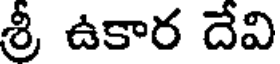
శ్రీ ఉకార దేవి